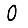
Digit: 0